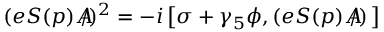
( e S ( p ) A \! \! \! \! \slash ) ^ { 2 } = - i \left[ \sigma + \gamma _ { 5 } \phi , ( e S ( p ) A \! \! \! \! \slash ) \, \right]